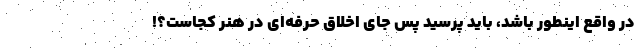
در واقع اینطور باشد، باید پرسید پس جای اخلاق حرفه‌ای در هنر کجاست؟!